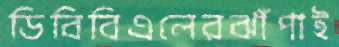
ডিবিবিএলেরঝাঁপাই